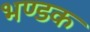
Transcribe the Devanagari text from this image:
भण्डक